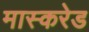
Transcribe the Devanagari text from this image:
मास्करेड